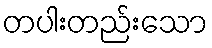
တပါးတည်းသော